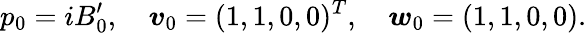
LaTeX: p_{0}=iB_{0}^{\prime},\quad\boldsymbol{v}_{0}=(1,1,0,0)^{T},\quad\boldsymbol{w}_{0}=(1,1,0,0).